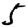
Digit: 5